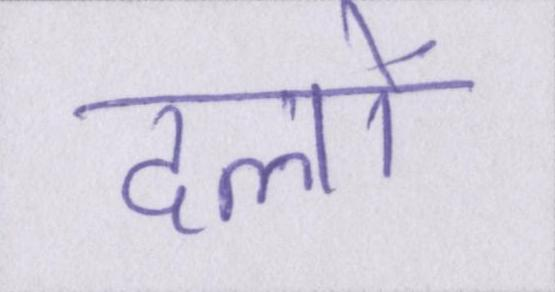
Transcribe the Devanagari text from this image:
दलों